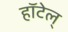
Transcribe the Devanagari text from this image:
हॉटेल्